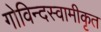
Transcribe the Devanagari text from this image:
गोविन्दस्वामीकृत